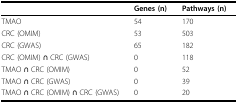
|  | Genes (n) | Pathways (n) |
 | --- | --- | --- |
 | TMAO | 54 | 170 |
 | CRC (OMIM) | 53 | 503 |
 | CRC (GWAS) | 65 | 182 |
 | CRC (OMIM) ∩ CRC (GWAS) | 0 | 118 |
 | TMAO ∩ CRC (OMIM) | 0 | 52 |
 | TMAO ∩ CRC (GWAS) | 0 | 39 |
 | TMAO ∩ CRC (OMIM) ∩ CRC (GWAS) | 0 | 20 |